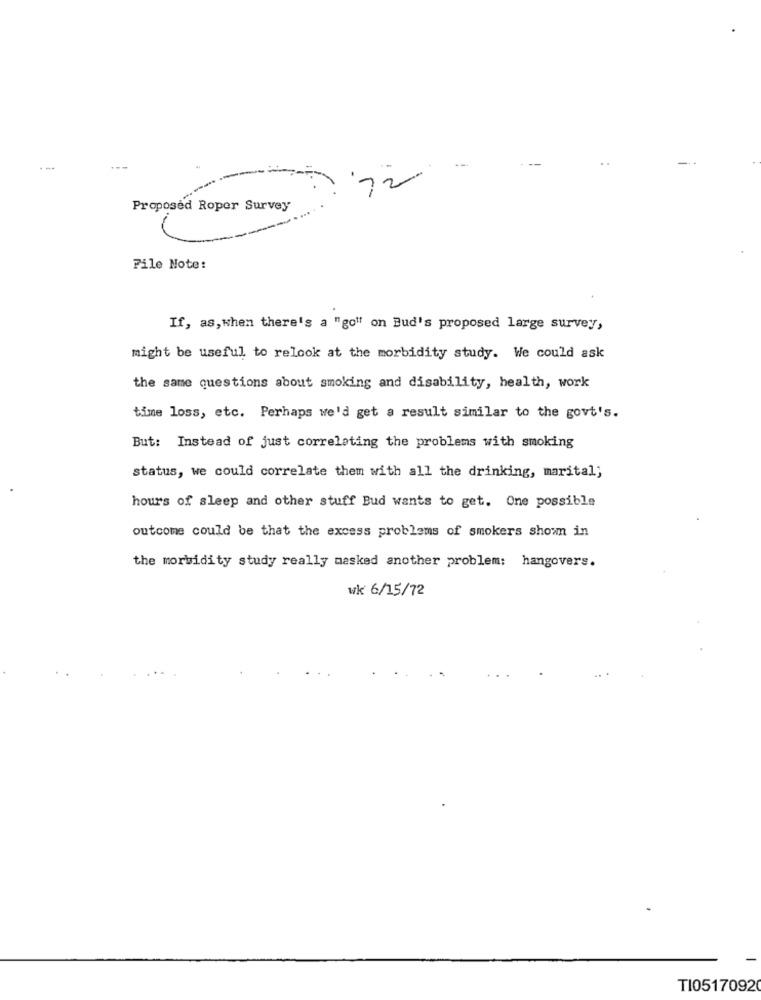
72
Proposed Roper Survey
File Note:
If, as, when there's a "go" on Bud's proposed large survey,
might be useful to relook at the morbidity study. We could ask
the same questions about smoking and disability, health, work
time loss, etc. Perhaps we'd get a result similar to the govt's.
But: Instead of just correlating the problems with smoking
status, we could correlate them with all the drinking, marital;
hours of sleep and other stuff Bud wants to get. One possible
outcome could be that the excess problems of smokers shown in
the morbidity study really masked another problem: hangovers.
wk 6/15/72
T10517092